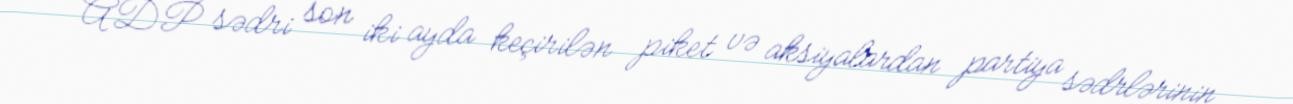
ADP sədri son iki ayda keçirilən piket və aksiyalardan partiya sədrlərinin